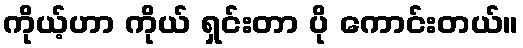
ကိုယ့်ဟာ ကိုယ် ရှင်းတာ ပို ကောင်းတယ်။